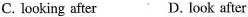
C. looking after D. look after